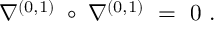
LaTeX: \nabla ^ { ( 0 , 1 ) } \; \circ \; \nabla ^ { ( 0 , 1 ) } \ = \ 0 \ .